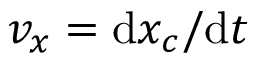
v _ { x } = \mathrm { d } x _ { c } / \mathrm { d } t